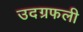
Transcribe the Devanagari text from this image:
उदग्रफली